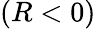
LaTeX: (R<0)